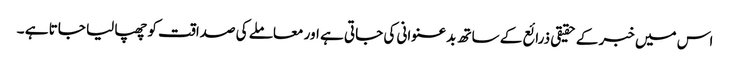
اس میں خبر کے حقیقی ذرائع کے ساتھ بدعنوانی کی جاتی ہے اور معاملے کی صداقت کو چھپا لیا جاتا ہے ۔